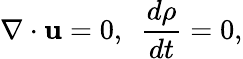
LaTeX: \nabla\cdot{\mathbf u}=0,~~\frac{d\rho}{dt}=0,